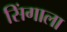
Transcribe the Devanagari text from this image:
सिंगाला